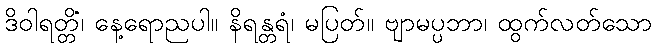
ဒိဝါရတ္တိံ၊ နေ့ရောညပါ။ နိရန္တရံ၊ မပြတ်။ ဗျာမပ္ပဘာ၊ ထွက်လတ်သော